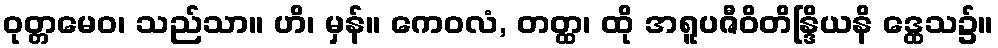
ဝုတ္တမေဝ၊ သည်သာ။ ဟိ၊ မှန်။ ကေဝလံ, တတ္ထ၊ ထို အရူပဇီဝိတိန္ဒြိယနိ ဒ္ထေသ၌။